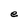
Character: e